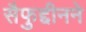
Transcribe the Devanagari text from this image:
सैफुद्दीनने